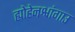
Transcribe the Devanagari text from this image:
ह्योहेनश्वांगाउ